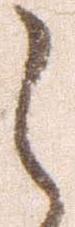
之